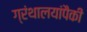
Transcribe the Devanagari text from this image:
ग्रंथालयांपैकी